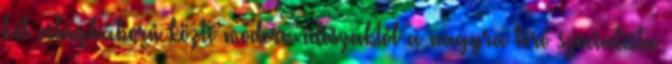
két világháború közti modern időszaktól a nagyra törő szocialista